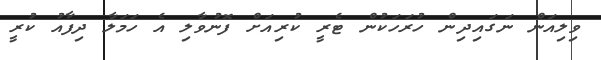
ވިލިއަން ނަގައިދިން ހުރަހަކުން ޓެރީ ކުރިއަށް ފޮނުވާލި އެ ހަމަލާ ދިފާއު ކުރީ